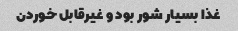
غذا بسیار شور بود و غیرقابل خوردن